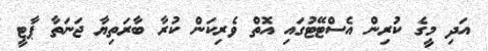
އަދި މީގެ ކުރިން އެސްޓޭޓުގައި އޮތް ވެރިކަން ކުރާ ބާރަތިޔާ ޖަނަތާ ޕާޓީ